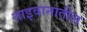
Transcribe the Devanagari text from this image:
ताइवानातील